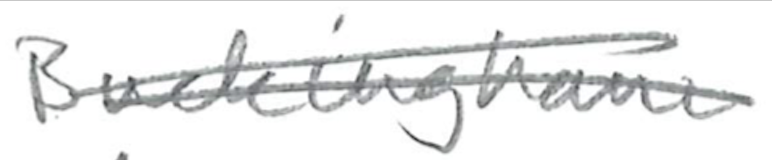
Text: Buckingham
Cross-out: double-line
Writing tool: pencil